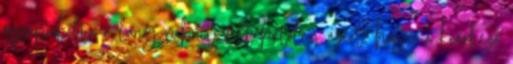
összepakolta a lány ruháit, feltehetőleg azért, hogy a kiérkező